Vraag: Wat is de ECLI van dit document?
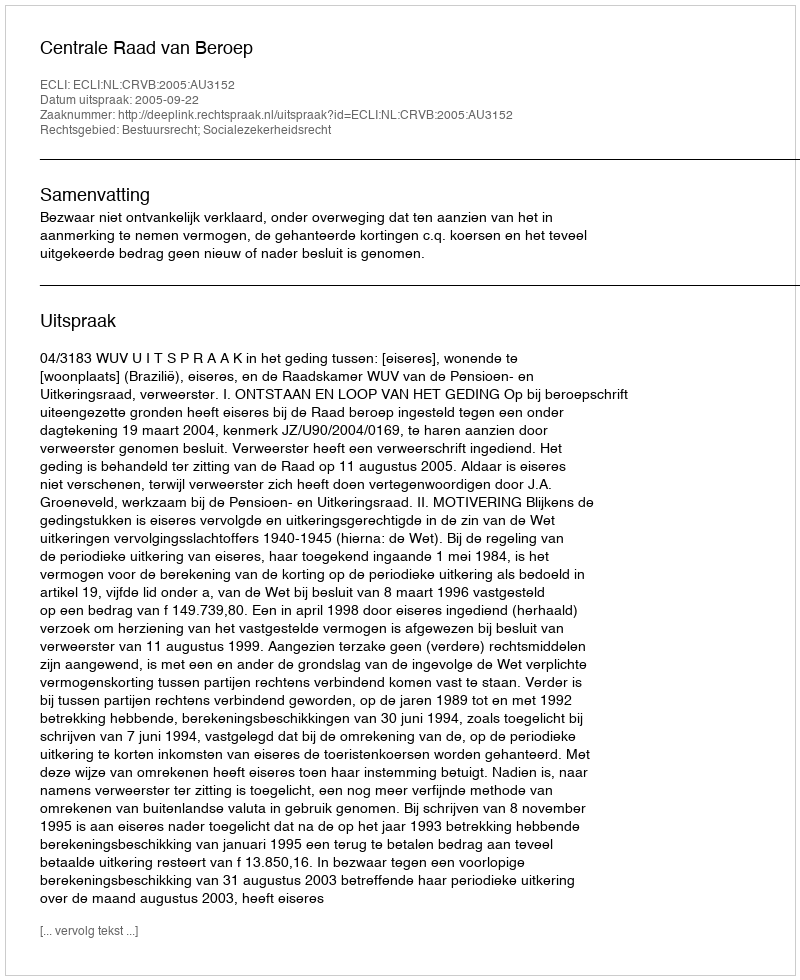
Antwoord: ECLI:NL:CRVB:2005:AU3152